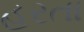
હરતા